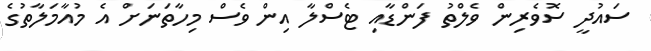
ސައުދީ ސޮވެރިން ވެލްތު ފަންޑާއި ޓެސްލާ އިން ވެސް މިހާތަނަށް އެ މުއާމަލާތުގެ